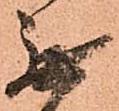
無